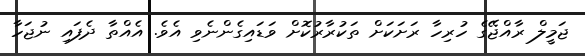
ޖަމީލް ރާއްޖޭގެ ހުރިހާ ރަށަކަށް ތަކުރާރުކޮށް ވަޑައިގެންނެވި އެވެ. އެއްތާ ދެފައި ނުޖަހާ